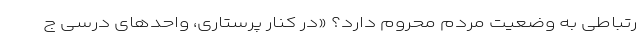
رتباطی به وضعیت مردم محروم دارد؟ «در کنار پرستاری، واحدهای درسی ج